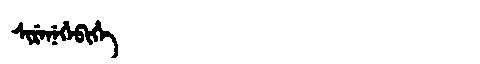
Manchu: ᠰᡳᡵᡝᠨᡝᡥᡝᠪᡳᡥᡝ
Romanization: SIRENEHEBIHE